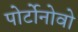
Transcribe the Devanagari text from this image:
पोर्टोनोवो